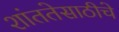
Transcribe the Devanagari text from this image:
शांततेसाठीचे